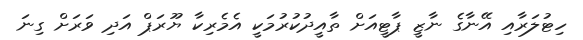
ހިޓުލަރާއި އޭނާގެ ނާޒީ ޕާޓީއަށް ތާއީދުކުރުމަކީ އެމެރިކާ ޔޫރަޕް އަދި ވަރަށް ގިނަ